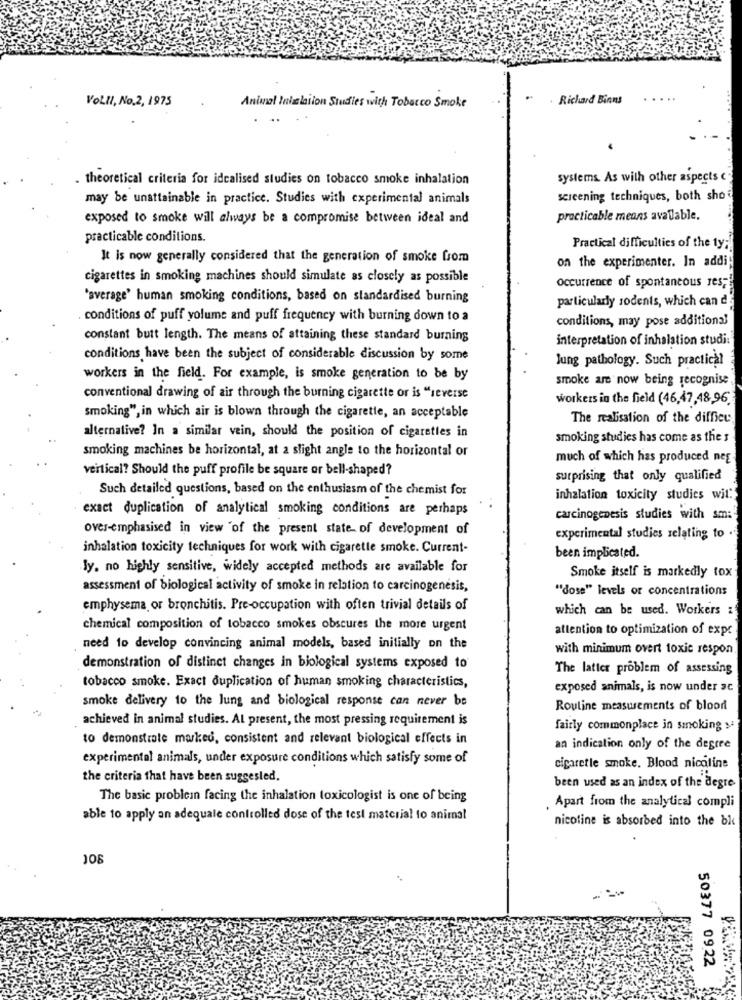
VoLll, No.2, 1975
Richard Binns
Animal Inizlation Studies with Tobacco Smoke
. theoretical criteria for idcalised studies on tobacco smoke inhalation
systems. As with other aspects c
may be unattainable in practice. Studies with experimental animals
screening techniques, both sho ?
exposed to smoke will always be a compromise between ideal and
practicable means available.
practicable conditions.
Practical difficulties of the ty;
It is now generally considered that the generation of smoke from
on the experimenter. In addi!
cigarettes in smoking machines should simulate as closely as possible
Occurrence of spontaneous resp
"average' human smoking conditions, based on standardised burning
particularly sodents, which can d
conditions of puff yolume and puff frequency with burning down to a
conditions, may pose additional
constant butt length. The means of attaining these standard burning
interpretation of inhalation studi:
conditions have been the subject of considerable discussion by some
Jung pathology. Such practical
workers in the field. For example, is smoke generation to be by
smoke are now being recognise
conventional drawing of air through the burning cigarette or is "reverse
workers in the field (46,47,48,96
smoking", in which air is blown through the cigarette, an acceptable
The realisation of the difficu
alternative? In a similar vein, should the position of cigarettes in
smoking studies has come as the s
smoking machines be horizontal, at a slight angle to the horizontal or
much of which has produced neg
vertical? Should the puff profile be square or bell-shaped?
surprising that only qualified
Such detailed questions, based on the enthusiasm of the chemist for
inhalation toxicity studies wit."
exact duplication of analytical smoking conditions are perhaps
carcinogenesis studies with sm:
over-emphasised in view 'of the present state- of development of
experimental studies relating to .
inhalation toxicity techniques for work with cigarette smoke. Current-
been implicated.
ly. no highly sensitive, widely accepted methods are available for
Smoke itself is markedly fox
assessment of biological activity of smoke in relation to carcinogenesis,
"dose" levels or concentrations
emphysema or bronchitis. Pre-occupation with often trivial details of
which can be used. Workers :
chemical composition of tobacco smokes obscures the more urgent
attention to optimization of expe
need to develop convincing animal models, based initially on the
with minimum overt toxic respon
demonstration of distinct changes in biological systems exposed to
The latter problem of assessing
tobacco smoke. Exact duplication of human smoking characteristics,
exposed animals, is now under ac
smoke delivery to the lung and biological response can never be
Routine measurements of blood
achieved in animal studies. AL present, the most pressing requirement is
fairly commonplace in smoking s
to demonstrate marked, consistent and relevant biological effects in
an indication only of the degree
experimental animals, under exposure conditions which satisfy some of
cigarette smoke. Blood nicotine
the criteria that have been suggested.
been used as an index of the degre
The basic problein facing the inhalation toxicologist is one of being
. Apart from the analytical compli
able to apply an adequale controlled dose of the test material to animal
nicotine is absorbed into the bk
50377 0922